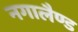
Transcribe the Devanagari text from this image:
नगालैण्ड